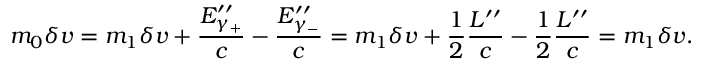
m _ { 0 } \delta v = m _ { 1 } \delta v + \frac { E _ { \gamma _ { + } } ^ { \prime \prime } } { c } - \frac { E _ { \gamma _ { - } } ^ { \prime \prime } } { c } = m _ { 1 } \delta v + { \frac { 1 } { 2 } } \frac { L ^ { \prime \prime } } c - { \frac { 1 } { 2 } } \frac { L ^ { \prime \prime } } c = m _ { 1 } \delta v .